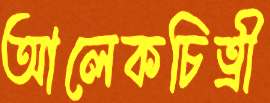
আলেকচিত্রী